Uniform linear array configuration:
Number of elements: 64
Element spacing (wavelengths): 1
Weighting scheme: hann
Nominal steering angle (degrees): -30
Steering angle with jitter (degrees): -30.884
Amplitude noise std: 0.05
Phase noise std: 0.05

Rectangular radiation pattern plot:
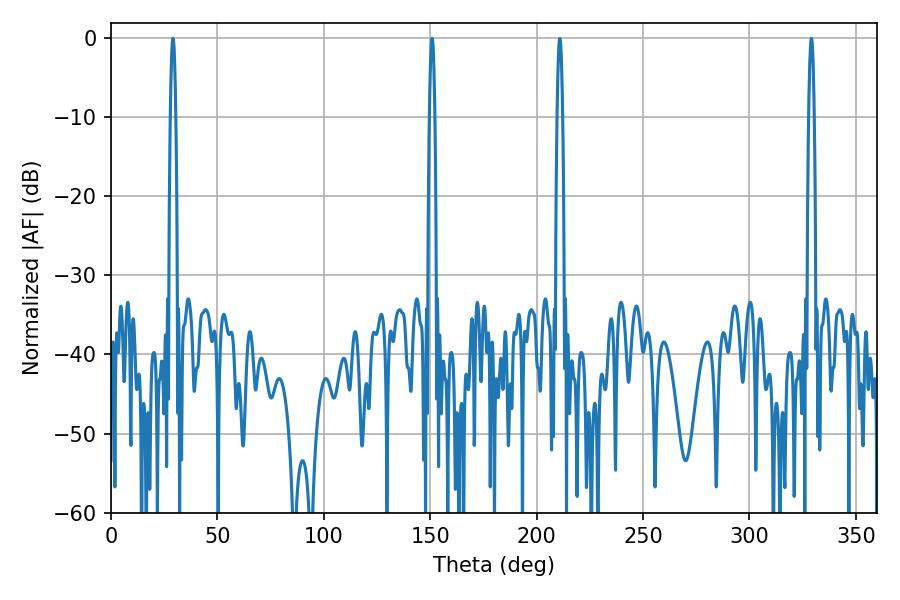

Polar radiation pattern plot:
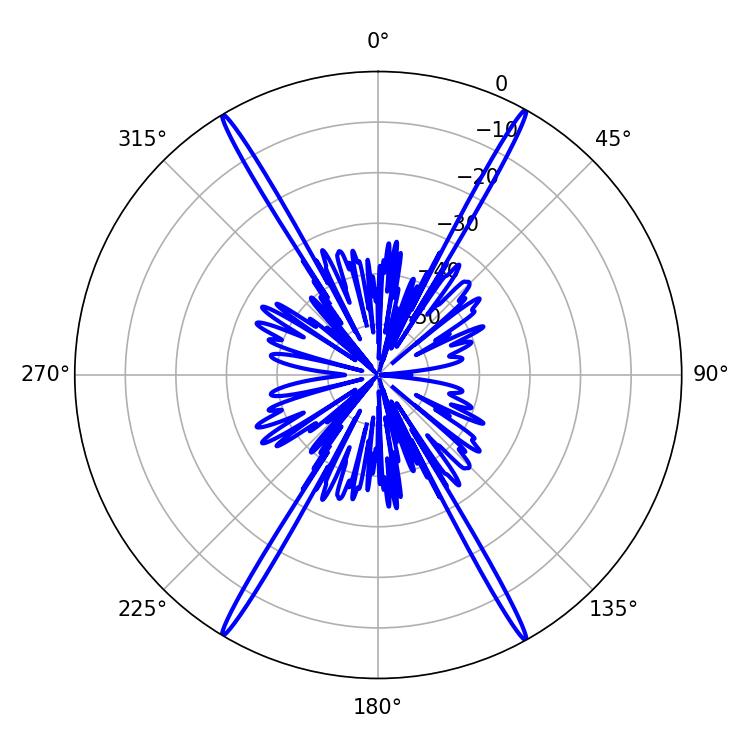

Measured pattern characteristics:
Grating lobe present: TRUE
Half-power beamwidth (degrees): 1.44
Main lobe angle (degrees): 29.16